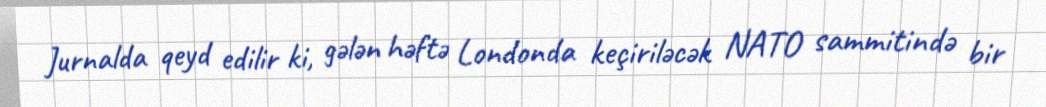
Jurnalda qeyd edilir ki, gələn həftə Londonda keçiriləcək NATO sammitində bir